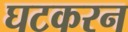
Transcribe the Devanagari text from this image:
घटकरन